Vaccination in the Punjab 1867-1880 - 1867-1880
Year: 1867
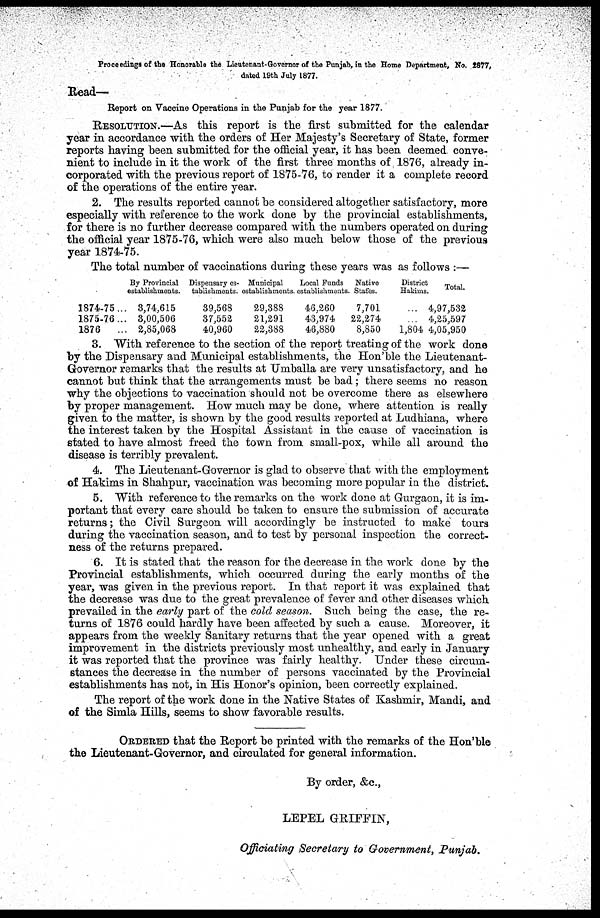
Precedings of the Honorable the Lieutenant-Governor of the Punjab, in the Home Department, No. 2877,
dated 19th July 1877.
Read—
Report on Vaccine Operations in the Punjab for the year 1877.
RESOLUTION.—As this report is the first submitted for the calendar
year in accordance with the orders of Her Majesty's Secretary of State, former
reports having been submitted for the official year, it has been deemed conve-
nient to include in it the work of the first three months of 1876, already in-
corporated with the previous report of 1875-76, to render it a complete record
of the operations of the entire year.
2. The results reported cannot be considered altogether satisfactory, more
especially with reference to the work done by the provincial establishments,
for there is no further decrease compared with the numbers operated on during
the official year 1875-76, which were also much below those of the previous
year 1874-75.
The total number of vaccinations during these years was as follows :—
1874-75 ...
1875-76 ...
1876 ...
By Provincial
establishments.
3,74,615
3,00,506
2,85,068
Dispensary es-
tablishments.
39,568
37,552
40,960
Municipal
establishments.
29,388
21,291
22,388
Local Funds
establishments.
46,260
43,974
46,880
Native
States.
7,701
22,274
8,850
District
Hakims.
...
...
1,804
Total.
4,97,532
4,25,597
4,05,950
3. With reference to the section of the report treating of the work done
by the Dispensary and Municipal establishments, the Hon'ble the Lieutenant-
Governor remarks that the results at Umballa are very unsatisfactory, and he
cannot but think that the arrangements must be bad ; there seems no reason
why the objections to vaccination should not be overcome there as elsewhere
by proper management. How much may be done, where attention is really
given to the matter, is shown by the good results reported at Ludhiana, where
the interest taken by the Hospital Assistant in the cause of vaccination is
stated to have almost freed the town from small-pox, while all around the
disease is terribly prevalent.
4. The Lieutenant-Governor is glad to observe that with the employment
of Hakims in Shahpur, vaccination was becoming more popular in the district.
5. With reference to the remarks on the work done at Gurgaon, it is im-
portant that every care should be taken to ensure the submission of accurate
returns; the Civil Surgeon will accordingly be instructed to make tours
during the vaccination season, and to test by personal inspection the correct-
ness of the returns prepared.
6. It is stated that the reason for the decrease in the work done by the
Provincial establishments, which occurred during the early months of the
year, was given in the previous report. In that report it was explained that
the decrease was due to the great prevalence of fever and other diseases which
prevailed in the early part of the cold season. Such being the case, the re-
turns of 1876 could hardly have been affected by such a cause. Moreover, it
appears from the weekly Sanitary returns that the year opened with a great
improvement in the districts previously most unhealthy, and early in January
it was reported that the province was fairly healthy. Under these circum-
stances the decrease in the number of persons vaccinated by the Provincial
establishments has not, in His Honor's opinion, been correctly explained.
The report of the work done in the Native States of Kashmir, Mandi, and
of the Simla Hills, seems to show favorable results.
ORDERED that the Report be printed with the remarks of the Hon'ble
the Lieutenant-Governor, and circulated for general information.
By order, &c.,
LEPEL GRIFFIN,
Officiating Secretary to Government, Punjab.